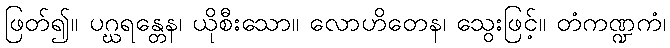
ဖြတ်၍။ ပဂ္ဃရန္တေန၊ ယိုစီးသော။ လောဟိတေန၊ သွေးဖြင့်။ တံကဏ္ဍကံ၊